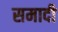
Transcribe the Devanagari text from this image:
समादी